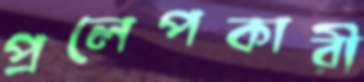
প্রলেপকারী